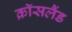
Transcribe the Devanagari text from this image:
क्रॉसलैंड